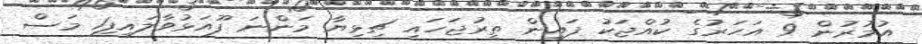
އުމުރުން 9 އަހަރުގެ ކުއްޖަކު ފައިން ތީރުޖަހައި ޗިޅިޔާ މަންނަ ފޫއަޅުވާލައިފި1 މަސް